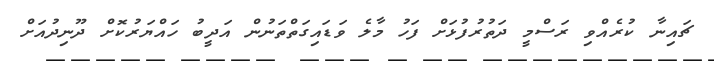
ޗައިނާ ކުރެއްވި ރަސްމީ ދަތުރުފުޅަށް ފަހު މާލެ ވަޑައިގަތްތަނުން އަދީބު ހައްޔަރުކޮށް ދޫނިދުއަށް